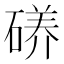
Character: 𱴠